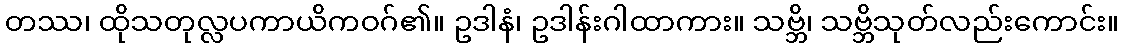
တဿ၊ ထိုသတုလ္လပကာယိကဝဂ်၏။ ဥဒါနံ၊ ဥဒါန်းဂါထာကား။ သဗ္ဘိ၊ သဗ္ဘိသုတ်လည်းကောင်း။